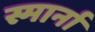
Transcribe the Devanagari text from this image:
स्मार्ना